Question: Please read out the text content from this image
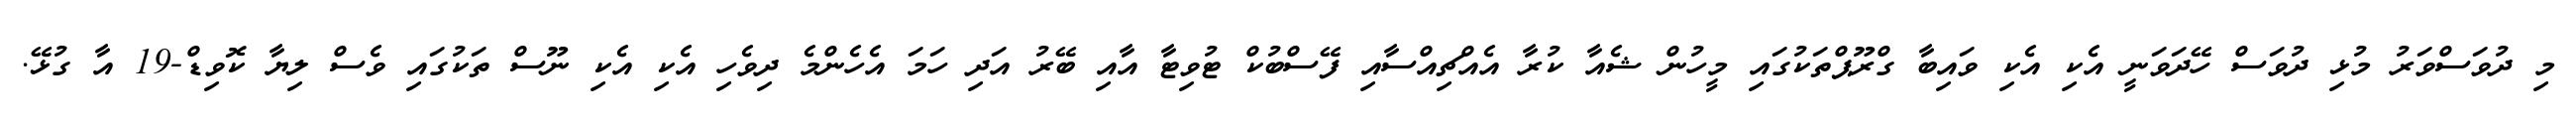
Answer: މި ދުވަސްވަރު މުޅި ދުވަސް ހޭދަވަނީ އެކި އެކި ވައިބާ ގްރޫޕްތަކުގައި މީހުން ޝެއާ ކުރާ އެއްޗިއްސާއި ފޭސްބުކް ޓުވިޓާ އާއި ބޭރު އަދި ހަމަ އެހެންމެ ދިވެހި އެކި އެކި ނޫސް ތަކުގައި ވެސް ލިޔާ ކޮވިޑް-19 އާ ގުޅޭ.